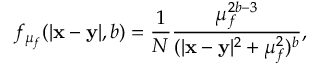
f _ { \mu _ { f } } ( | { \bf x - y } | , b ) = \frac { 1 } { N } \frac { \mu _ { f } ^ { 2 b - 3 } } { ( | { \bf x - y } | ^ { 2 } + \mu _ { f } ^ { 2 } ) ^ { b } } ,